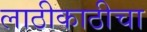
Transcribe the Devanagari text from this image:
लाठीकाठीचा